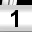
Digit: 1